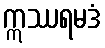
ဣဿရမဒံ